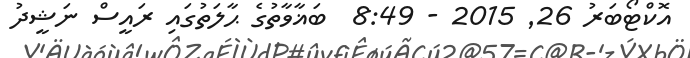
އޮކްޓޯބަރު 26